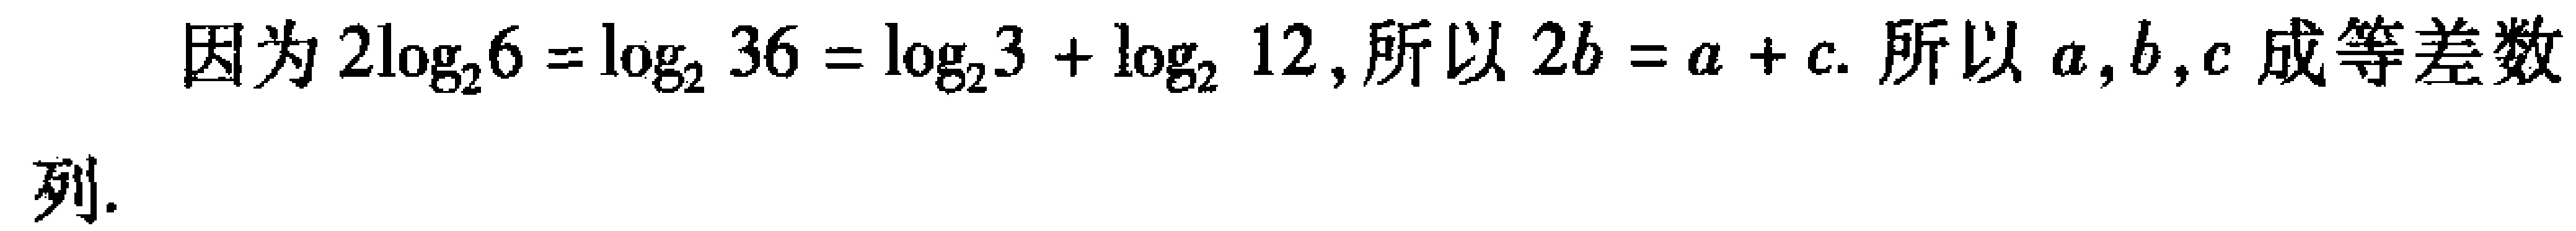
因为 \(2\log_{2}6 = \log_{2}36 = \log_{2}3 + \log_{2}12\), 所以 \(2b = a + c\). 所以 \(a,b,c\) 成等差数列.